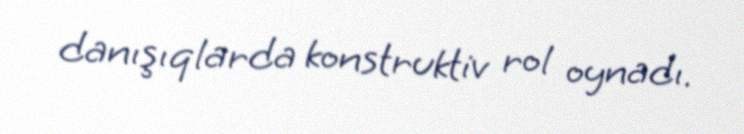
danışıqlarda konstruktiv rol oynadı.